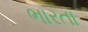
ભારતા